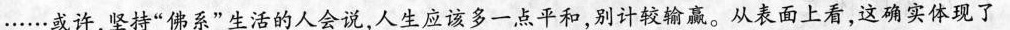
……或许，坚持”佛系”生活的人会说，人生应该多一点平和，别计较输赢。从表面上看，这确实体现了